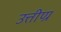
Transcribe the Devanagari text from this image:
उत्तीण्र